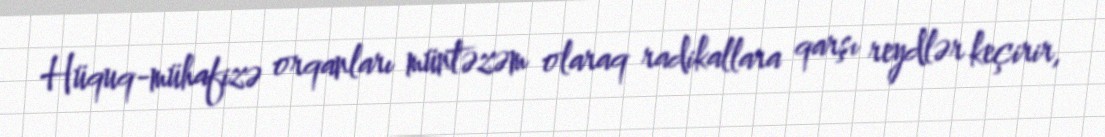
Hüquq-mühafizə orqanları müntəzəm olaraq radikallara qarşı reydlər keçirir,